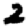
Digit: 2